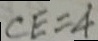
C E = 4